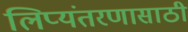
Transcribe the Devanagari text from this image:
लिप्यंतरणासाठी